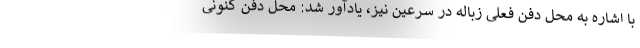
با اشاره به محل دفن فعلی زباله در سرعین نیز، یادآور شد: محل دفن کنونی